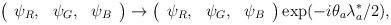
LaTeX: \begin{align*}\left(\begin{array}{ccc}\psi _{R}, & \psi _{G}, & \psi _{B}\end{array}\right) \rightarrow \left(\begin{array}{ccc}\psi _{R}, & \psi _{G}, & \psi _{B}\end{array}\right) \exp (-i\theta _{a}\lambda _{a}^{*}/2),\end{align*}